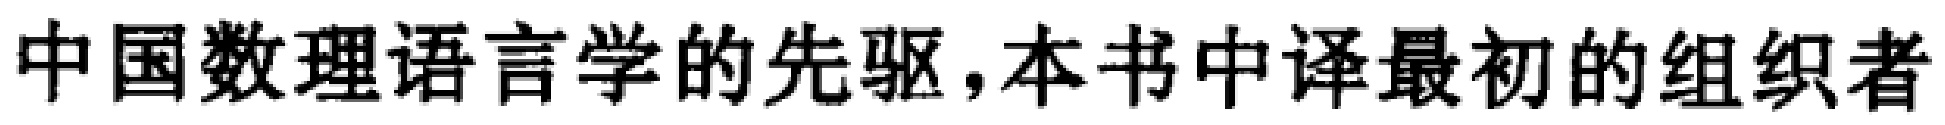
中国数理语言学的先驱,本书中译最初的组织者